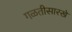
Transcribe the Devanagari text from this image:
गळतीसारखे